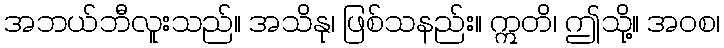
အဘယ်ဘီလူးသည်။ အသိနု၊ ဖြစ်သနည်း။ ဣတိ၊ ဤသို့။ အဝစ၊